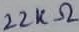
Text: 22KΩ